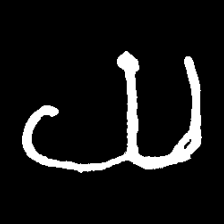
Pyu character \u2014 Myanmar letter: ယ (romanized: ya)